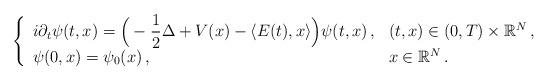
LaTeX: \begin{align*} \left\lbrace \begin{array}{ll}\displaystyle i \partial_t \psi(t,x) = \Big( - \frac{1}{2} \Delta + V(x) - \langle E(t) , x \rangle \Big) \psi(t,x)\,, & (t,x) \in (0,T)\times\mathbb{R}^N\,, \\\displaystyle \psi(0,x)=\psi_0(x)\,, & x \in \mathbb{R}^N\,.\end{array}\right.\end{align*}